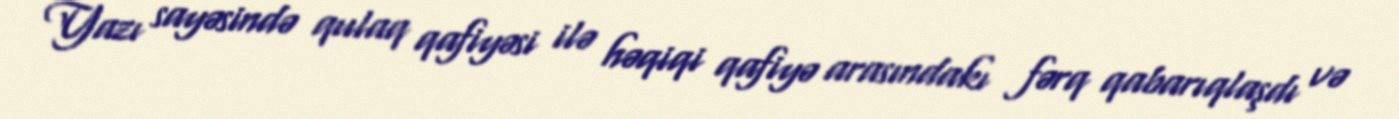
Yazı sayəsində qulaq qafiyəsi ilə həqiqi qafiyə arasındakı fərq qabarıqlaşdı və